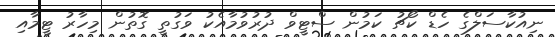
ނިއުކާސަލްގެ ހެޑް ކޯޗު ކަމުން ސްޓީވް ދުރުވުމާއެކު ވަގުތީ ގޮތުން މިހާރު ޓީމާއި